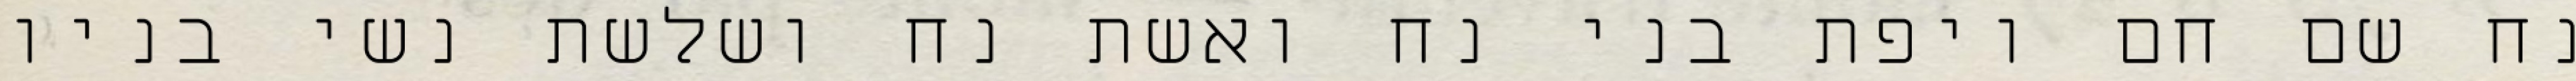
נח שם חם ויפת בני נח ואשת נח ושלשת נשי בניו